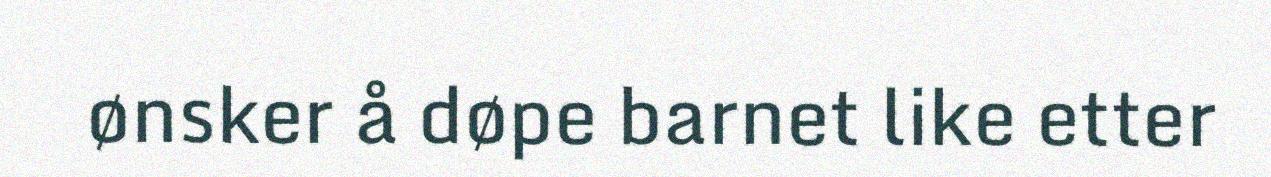
ønsker å døpe barnet like etter